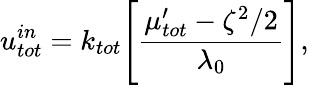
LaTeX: u_{tot}^{in}=k_{tot}\Bigg[\frac{\mu_{tot}^{\prime}-\zeta^{2}/2}{\lambda_{0}}\Bigg],